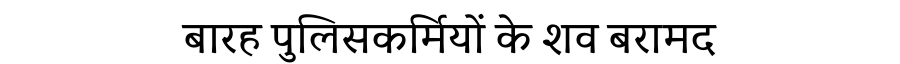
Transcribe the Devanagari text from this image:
बारह पुलिसकर्मियों के शव बरामद